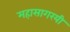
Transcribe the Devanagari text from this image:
महासागरयी